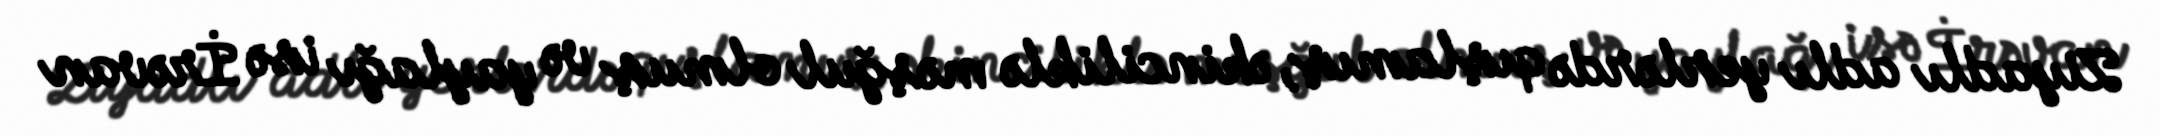
Ziyadlı adlı yerlərdə qışlamış, əkinciliklə məşğul olmuş və yaylağı isə İrəvan